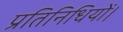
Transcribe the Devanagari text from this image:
प्रतिनिधियों।